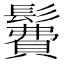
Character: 𩯃